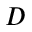
D